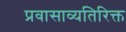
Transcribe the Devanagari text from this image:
प्रवासाव्यतिरिक्त